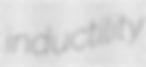
inductility